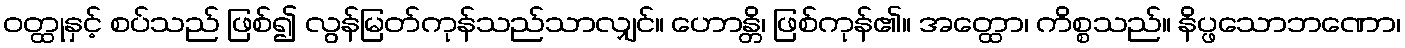
ဝတ္ထုနှင့် စပ်သည် ဖြစ်၍ လွန်မြတ်ကုန်သည်သာလျှင်။ ဟောန္တိ၊ ဖြစ်ကုန်၏။ အတ္ထော၊ ကိစ္စသည်။ နိပ္ဖသောဘဏော၊